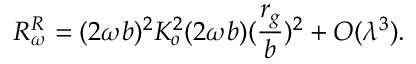
R _ { \omega } ^ { R } = ( 2 \omega b ) ^ { 2 } K _ { o } ^ { 2 } ( 2 \omega b ) ( \frac { r _ { g } } { b } ) ^ { 2 } + { \cal O } ( \lambda ^ { 3 } ) .